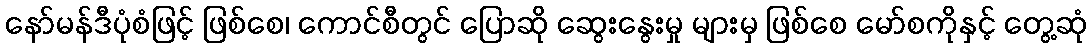
နော်မန်ဒီပုံစံဖြင့် ဖြစ်စေ၊ ကောင်စီတွင် ပြောဆို ဆွေးနွေးမှု များမှ ဖြစ်စေ မော်စကိုနှင့် တွေ့ဆုံ